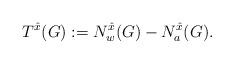
LaTeX: \begin{align*} T^{\hat{x}}(G) := N_w^{\hat{x}}(G) - N_a^{\hat{x}}(G). \end{align*}